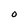
Character: O